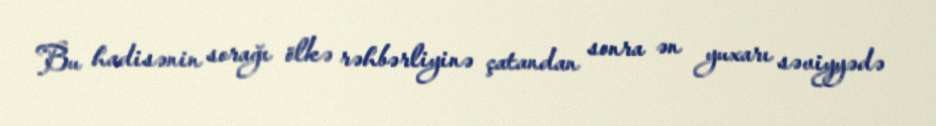
Bu hadisənin sorağı ölkə rəhbərliyinə çatandan sonra ən yuxarı səviyyədə